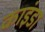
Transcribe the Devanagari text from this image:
काइंडा